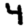
Digit: 4